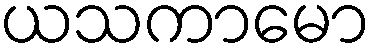
ယသကာမော